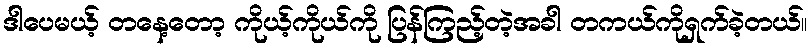
ဒါပေမယ့် တနေ့တော့ ကိုယ့်ကိုယ်ကို ပြန်ကြည့်တဲ့အခါ တကယ်ကိုရှက်ခဲ့တယ်။